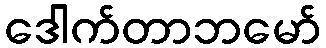
ဒေါက်တာဘမော်